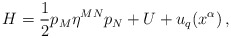
\begin{align*}H=\frac{1}{2}p_{M}\eta^{MN}p_{N}+U+u_{q}(x^{\alpha})\,,\end{align*}